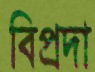
বিপ্রদা